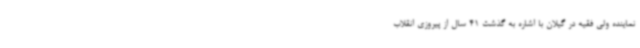
نماینده ولی فقیه در گیلان با اشاره به گذشت 41 سال از پیروزی انقلاب